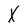
Character: X